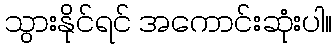
သွားနိုင်ရင် အကောင်းဆုံးပါ။